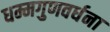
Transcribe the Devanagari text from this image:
धम्मगुणवर्धना